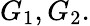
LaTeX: G_{1},G_{2}.